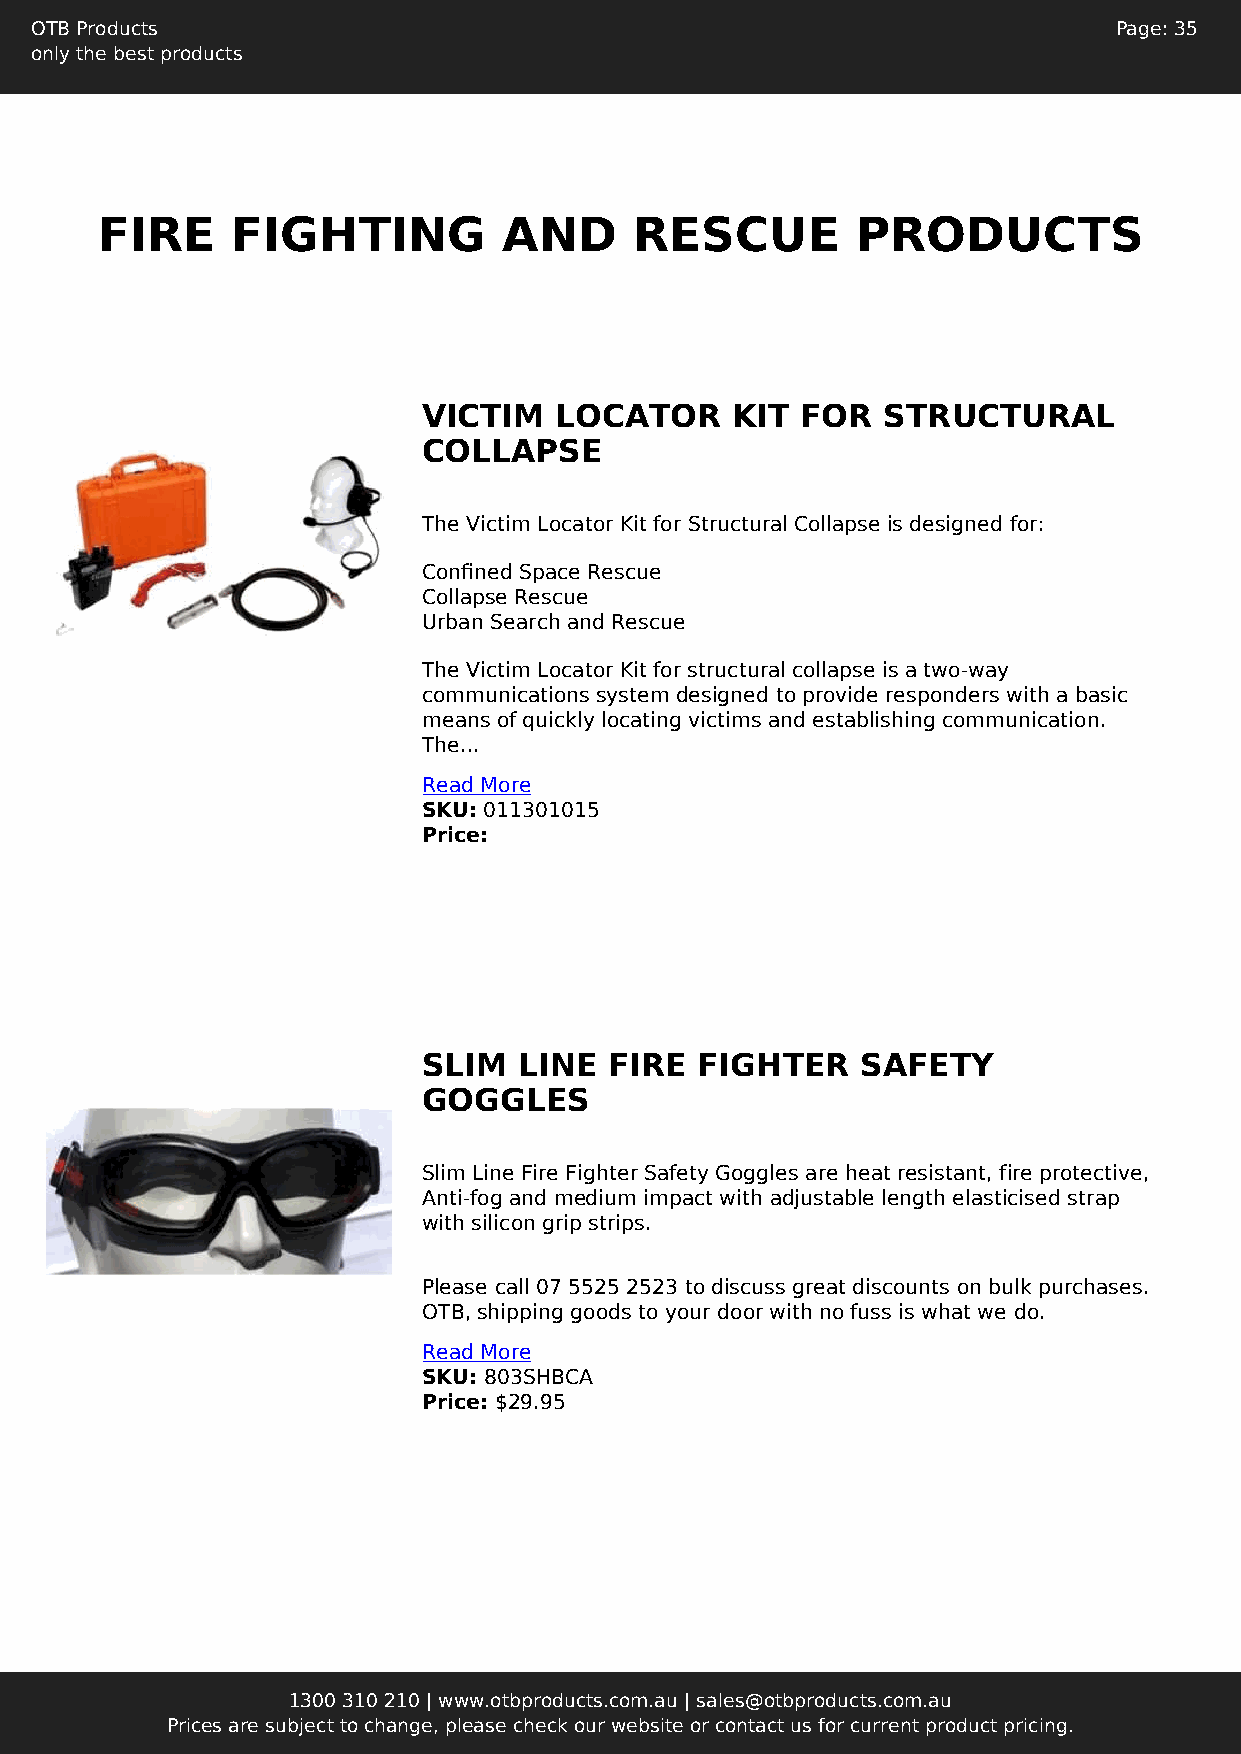
OTB Products                                                            Page: 35
 only the best products
 FIRE     FIGHTING          AND      RESCUE         PRODUCTS
 VICTIM   LOCATOR    KIT  FOR  STRUCTURAL
 COLLAPSE
 The Victim Locator Kit for Structural Collapse is designed for:
 Confined Space Rescue
 Collapse Rescue
 Urban Search and Rescue
 The Victim Locator Kit for structural collapse is a two-way
 communications system designed to provide responders with a basic
 means of quickly locating victims and establishing communication.
 The...
 Read More
 SKU: 011301015
 Price:
 SLIM  LINE  FIRE  FIGHTER    SAFETY
 GOGGLES
 Slim Line Fire Fighter Safety Goggles are heat resistant, fire protective,
 Anti-fog and medium impact with adjustable length elasticised strap
 with silicon grip strips.
 Please call 07 5525 2523 to discuss great discounts on bulk purchases.
 OTB, shipping goods to your door with no fuss is what we do.
 Read More
 SKU: 803SHBCA
 Price: $29.95
 1300 310 210 | www.otbproducts.com.au | sales@otbproducts.com.au
 Prices are subject to change, please check our website or contact us for current product pricing.